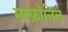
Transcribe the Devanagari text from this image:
सल्फ़ोनिल